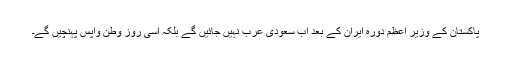
پاکستان کے وزیر اعظم دورہ ایران کے بعد اب سعودی عرب نہیں جائیں گے بلکہ اسی روز وطن واپس پہنچیں گے۔